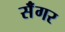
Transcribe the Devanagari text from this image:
सॅंगर